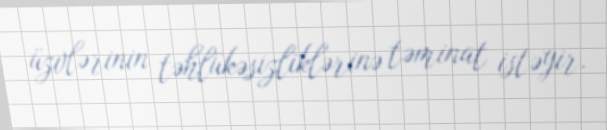
üzvlərinin təhlükəsizliklərinə təminat istəyir.